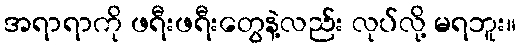
အရာရာကို ဖရီးဖရီးတွေနဲ့လည်း လုပ်လို့ မရဘူး။